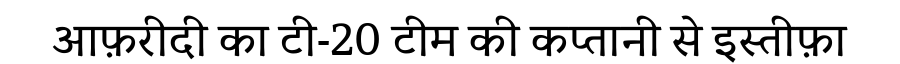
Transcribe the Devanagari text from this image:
आफ़रीदी का टी-20 टीम की कप्तानी से इस्तीफ़ा